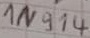
Text: 1N914